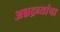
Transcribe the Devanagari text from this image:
अन्नद्रव्यांचा